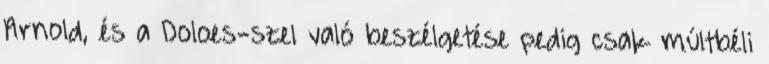
Arnold, és a Doloes-szel való beszélgetése pedig csak múltbéli